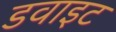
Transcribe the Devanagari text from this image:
डवाइट